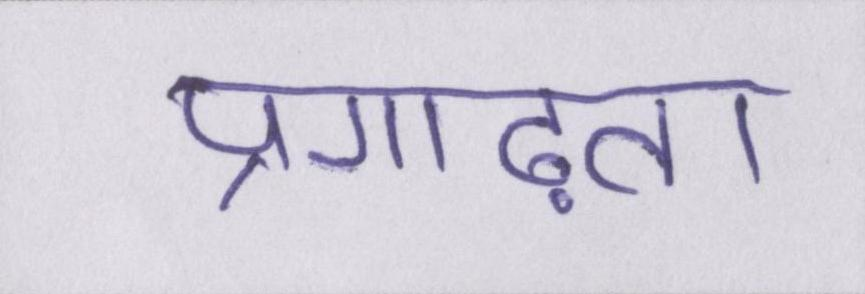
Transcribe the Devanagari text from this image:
प्रगाढ़ता